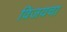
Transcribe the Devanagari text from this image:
विजयचा